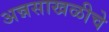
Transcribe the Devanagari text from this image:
अन्नसाखळीचे